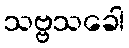
သဗ္ဗသခေါ